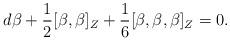
LaTeX: \begin{align*} d\beta + \frac{1}{2}[\beta,\beta]_Z+ \frac{1}{6}[\beta,\beta,\beta]_Z =0.\end{align*}